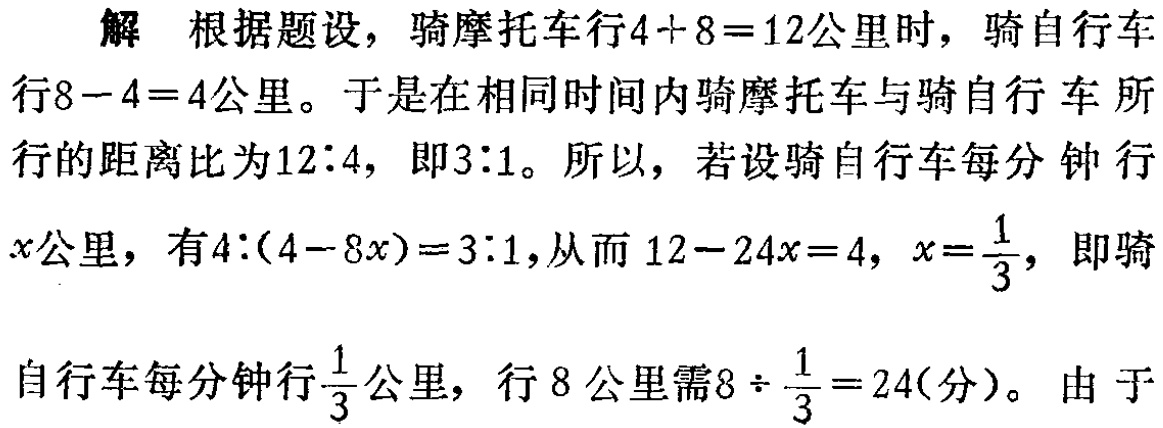
解 根据题设，骑摩托车行\(4 + 8 = 12\)公里时，骑自行车行\(8 - 4 = 4\)公里。于是在相同时间内骑摩托车与骑自行车所行的距离比为\(12:4\)，即\(3:1\)。所以，若设骑自行车每分钟行\(x\)公里，有\(4:(4 - 8x)=3:1\)，从而\(12 - 24x = 4\)，\(x = \frac{1}{3}\)，即骑自行车每分钟行\(\frac{1}{3}\)公里，行\(8\)公里需\(8\div\frac{1}{3}=24\)(分)。 由于